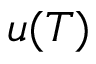
u ( T )